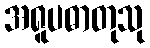
အရူပဓာတုသု